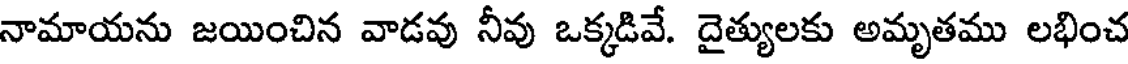
నామాయను జయించిన వాడవు నీవు ఒక్కడివే. దైత్యులకు అమృతము లభించ